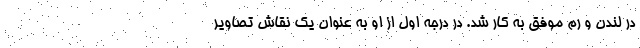
در لندن و رم موفق به کار شد. در درجه اول از او به عنوان یک نقاش تصاویر